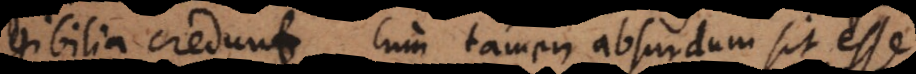
gibilia credunt cum tamen absurdum sit esse